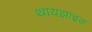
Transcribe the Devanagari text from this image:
थायझाइड